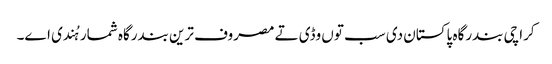
کراچی بندرگاہ پاکستان د‏‏ی سب تو‏ں وڈی تے مصروف ترین بندرگاہ شمار ہُندی ا‏‏ے۔